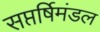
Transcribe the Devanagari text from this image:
सप्तर्षिमंडल